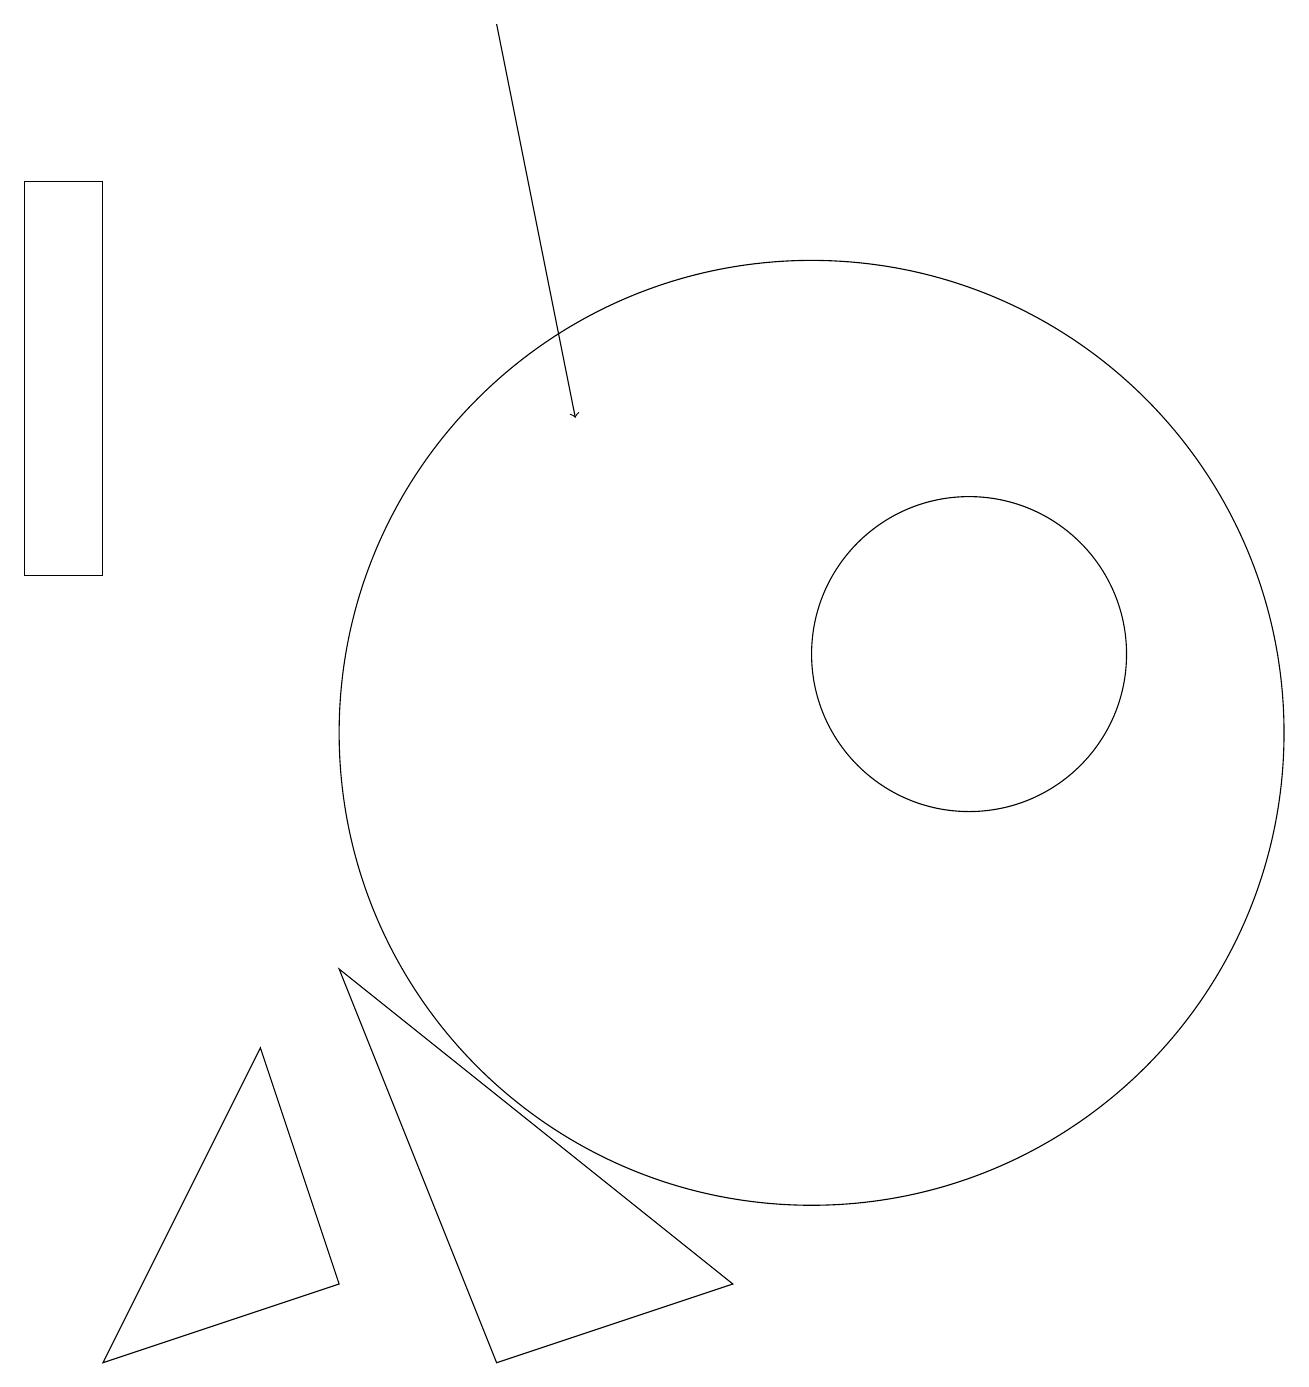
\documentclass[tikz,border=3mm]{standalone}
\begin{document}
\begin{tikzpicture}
\draw (0,17) rectangle (1,12);
\draw (10,10) circle (6);
\draw[->] (6,19) -- (7,14);
\draw (3,6) -- (4,3) -- (1,2) -- cycle;
\draw (12,11) circle (2);
\draw (4,7) -- (9,3) -- (6,2) -- cycle;
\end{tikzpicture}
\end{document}